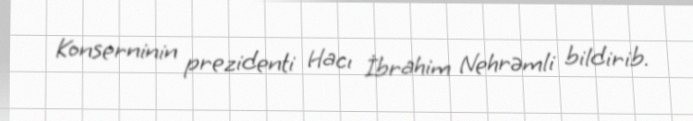
Konserninin prezidenti Hacı İbrahim Nehrəmli bildirib.